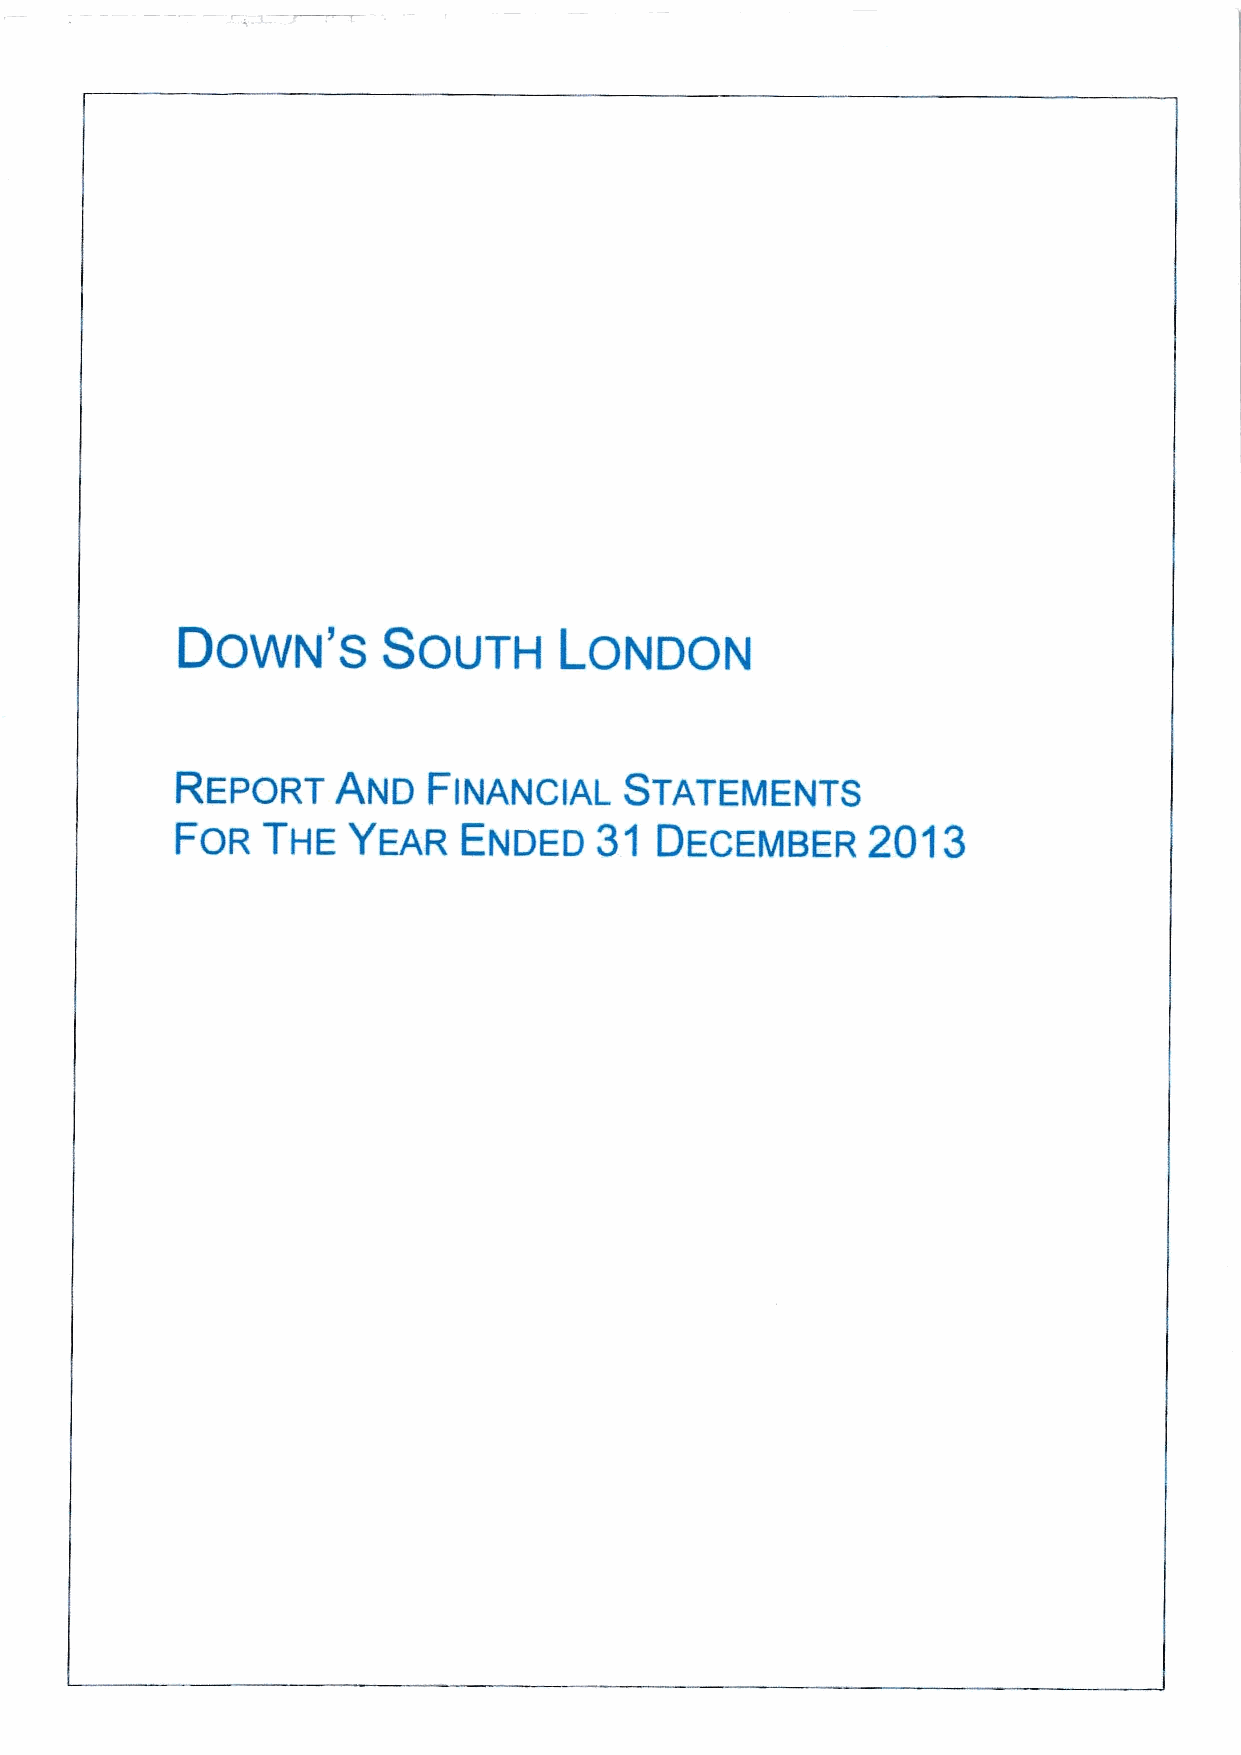
S
 DOWN         SOUTH       LONDON
 REPORT    AND   FINANCIAL    STATEMENTS
 FOR  THE   YEAR    ENDED    31 DECEMBER      2013